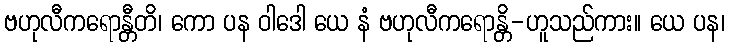
ဗဟုလီကရောန္တီတိ၊ ကော ပန ဝါဒေါ ယေ နံ ဗဟုလီကရောန္တိ-ဟူသည်ကား။ ယေ ပန၊